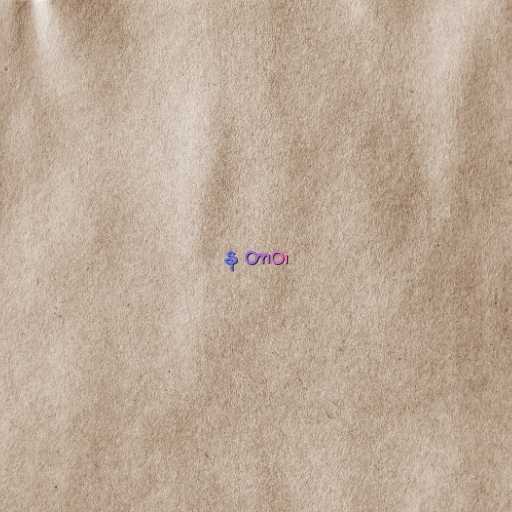
န တာဝ၊